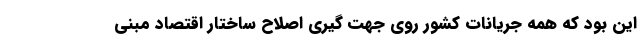
این بود که همه جریانات کشور روی جهت گیری اصلاح ساختار اقتصاد مبنی